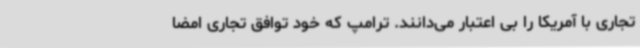
تجاری با آمریکا را بی اعتبار می‌دانند. ترامپ که خود توافق تجاری امضا